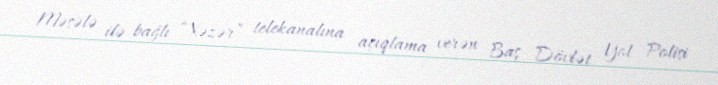
Məsələ ilə bağlı “Xəzər” telekanalına açıqlama verən Baş Dövlət Yol Polisi